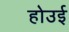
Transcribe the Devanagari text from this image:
होउई